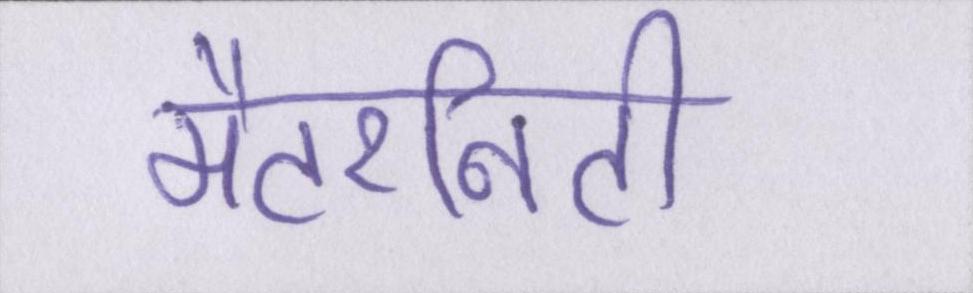
मैटरनिटी